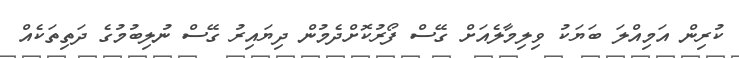
ކުރިން އަމިއްލަ ބަޔަކު ވިލިމާލެއަށް ގޭސް ފޯރުކޮށްދެމުން ދިޔައިރު ގޭސް ނުލިބުމުގެ ދަތިތަކެއް